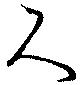
尺